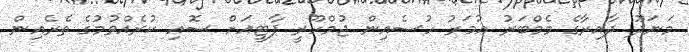
މަނަދޫ ދާއިރާގެ މެމްބަރު އުމަރު ހުސެއިން ޖުމްހޫރީ ޕާޓީއަށް ސޮއި ކުރެއްވުމުގެ ތެރެއިން